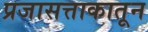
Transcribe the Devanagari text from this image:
प्रजासत्ताकातून